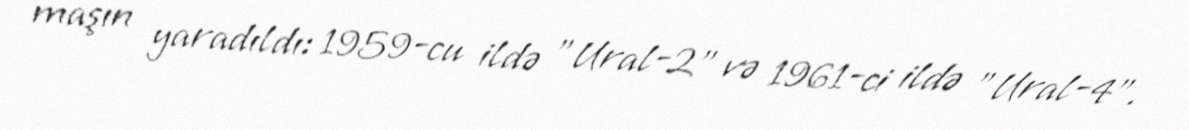
maşın yaradıldı: 1959-cu ildə "Ural-2" və 1961-ci ildə "Ural-4".